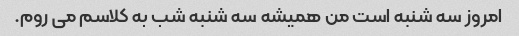
امروز سه شنبه است من همیشه سه شنبه شب به کلاسم می روم.